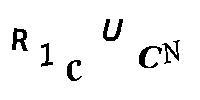
R1CUCN